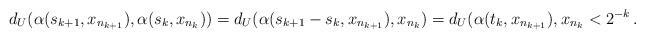
LaTeX: \begin{align*}d_U(\alpha(s_{k+1},x_{n_{k+1}}), \alpha(s_{k},x_{n_{k}}))=d_U(\alpha(s_{k+1}-s_k,x_{n_{k+1}}), x_{n_{k}})=d_U(\alpha(t_k,x_{n_{k+1}}), x_{n_k} < 2^{-k} \,.\end{align*}